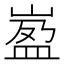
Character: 𡺦